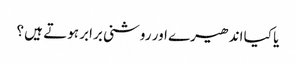
یا کیا اندھیرے اور روشنی برابر ہوتے ہیں ؟